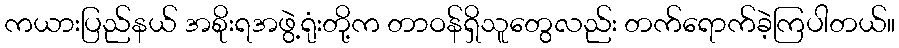
ကယားပြည်နယ် အစိုးရအဖွဲ့ရုံးတို့က တာဝန်ရှိသူတွေလည်း တက်ရောက်ခဲ့ကြပါတယ်။